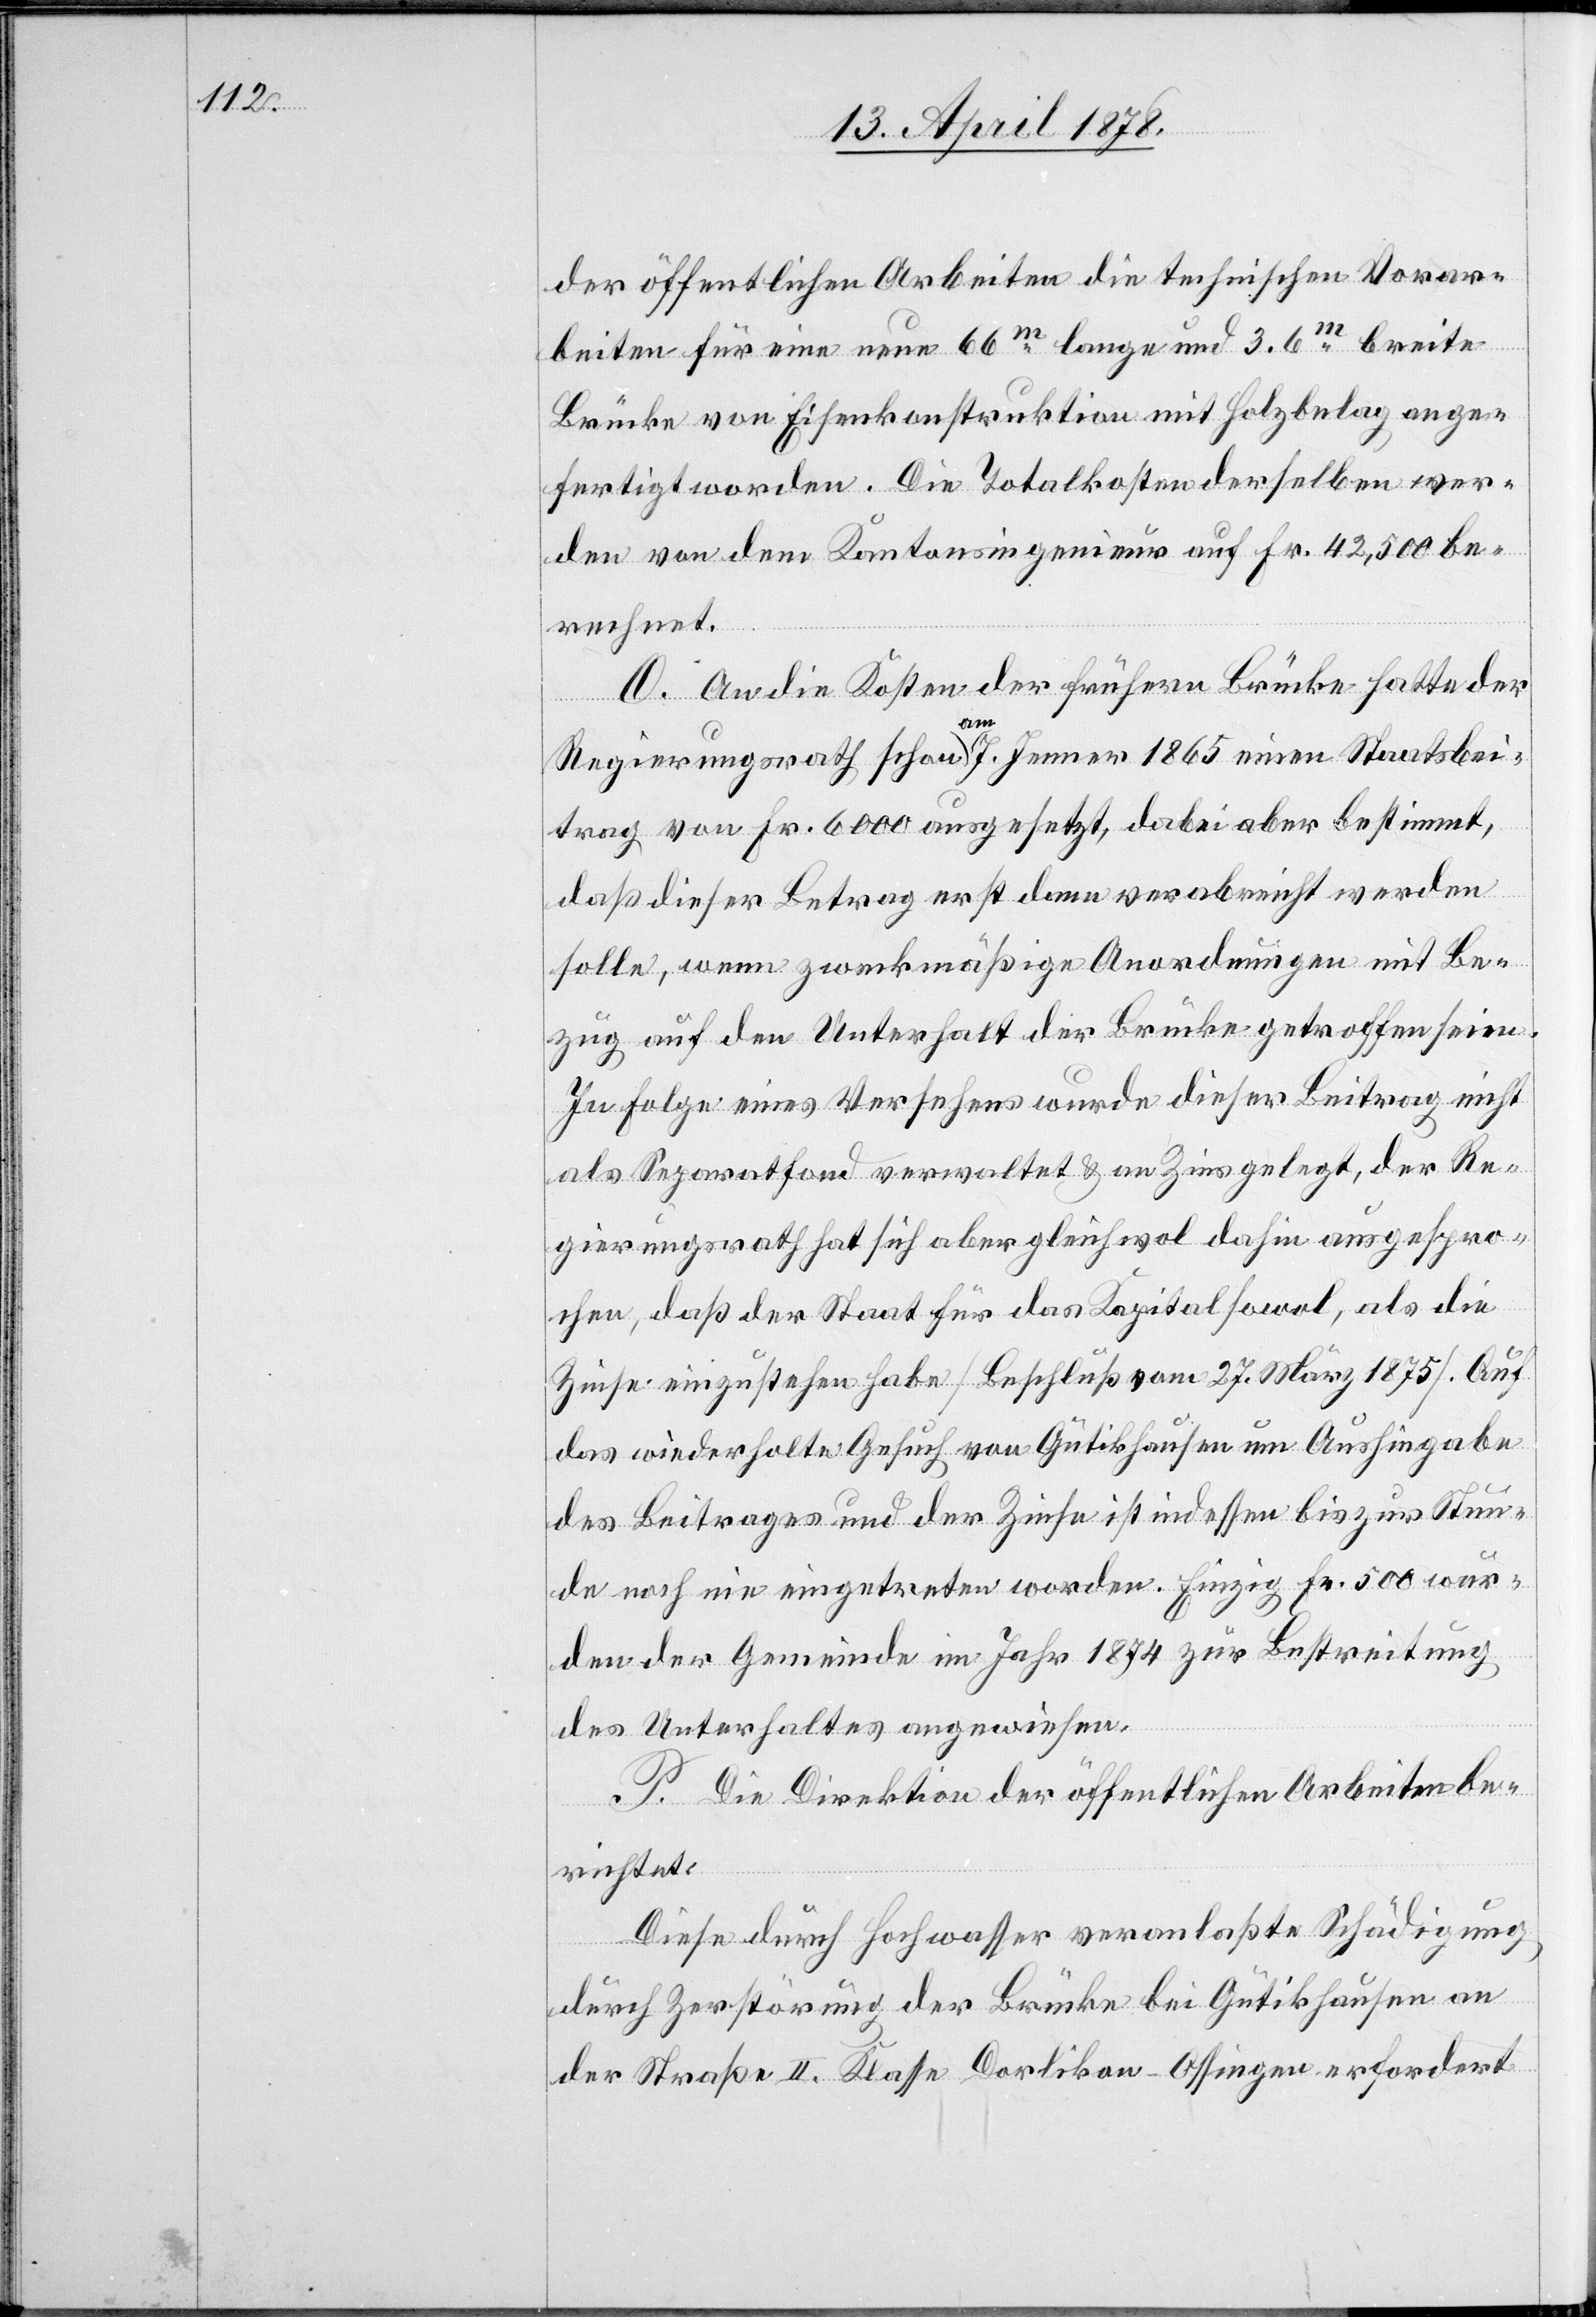
der öffentlichen Arbeiten die technischen Vorar¬
beiten für eine neue 66m lange und 3.6m breite
Brücke von Eisenkonstruktion mit Holzbelag ange¬
fertigt worden. Die Totalkosten derselben wer¬
den von dem Kantonsingenieur auf Fr. 42,500 be¬
rechnet.
O. An die Kosten der frühern Brücke hatte der
Regierungsrath schon am 7. Jenner 1865 einen Staatsbei¬
trag von Fr. 6000 ausgesetzt, dabei aber bestimmt,
daß dieser Betrag erst dann verabreicht werden
solle, wenn zweckmäßige Anordnungen mit Be¬
zug auf den Unterhalt der Brücke getroffen seien.
In Folge eines Versehens wurde dieser Beitrag nicht
als Separatfond verwaltet & an Zins gelegt, der Re¬
gierungsrath hat sich aber gleichwol dahin ausgespro¬
chen, daß der Staat für das Kapital sowol, als die
Zinse einzustehen habe (Beschluß vom 27. März 1875). Auf
das wiederholte Gesuch von Gütikhausen um Aushingabe
des Beitrages und der Zinse ist indessen bis zur Stun¬
de noch nie eingetreten worden. Einzig Fr. 500 wur¬
den der Gemeinde im Jahr 1874 zur Bestreitung
des Unterhaltes angewiesen.
P. Die Direktion der öffentlichen Arbeiten be¬
richtet:
Diese durch Hochwasser veranlaßte Schädigung
durch Zerstörung der Brücke bei Gütikhausen an
der Straße II. Klasse Dorlikon–Ossingen erfordert